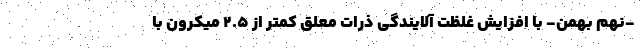
-نهم بهمن- با افزایش غلظت آلایندگی ذرات معلق کمتر از ۲.۵ میکرون با